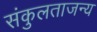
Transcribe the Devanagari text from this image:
संकुलताजन्य